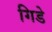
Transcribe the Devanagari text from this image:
गिडे